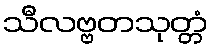
သီလဗ္ဗတသုတ္တံ